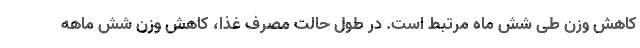
کاهش وزن طی شش ماه مرتبط است. در طول حالت مصرف غذا، کاهش وزن شش ماهه